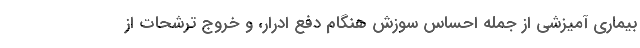
بیماری آمیزشی از جمله احساس سوزش هنگام دفع ادرار، و خروج ترشحات از